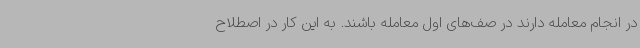
در انجام معامله دارند در صف‌های اول معامله باشند. به این کار در اصطلاح